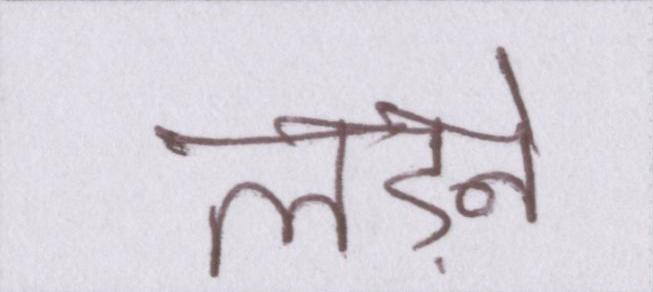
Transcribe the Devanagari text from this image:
लड़ने